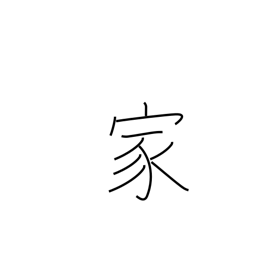
Meaning: expert